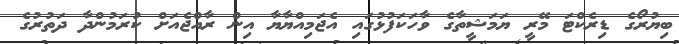
ބިޔުރޯގެ ޑިރެކްޓަ މޭރީ ޔަމަޝީތާގެ ވާހަކަފުޅުގައި އެޖަމިއްޔާޔާ އިން ރާއްޖެއަށް ކުރަމުންދާ ދަތުރުގެ